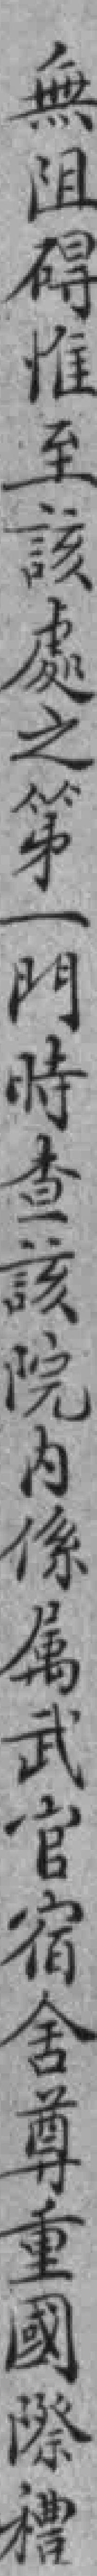
無阻碍惟至該處之第一門時查該院内係属武官宿舍尊重國際禮